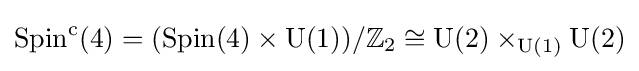
\operatorname {Spin} ^{\mathrm {c} }(4)=(\operatorname {Spin} (4)\times \operatorname {U} (1))/\mathbb {Z} _{2}\cong \operatorname {U} (2)\times _{\operatorname {U} (1)}\operatorname {U} (2)